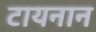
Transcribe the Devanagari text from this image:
टायनान